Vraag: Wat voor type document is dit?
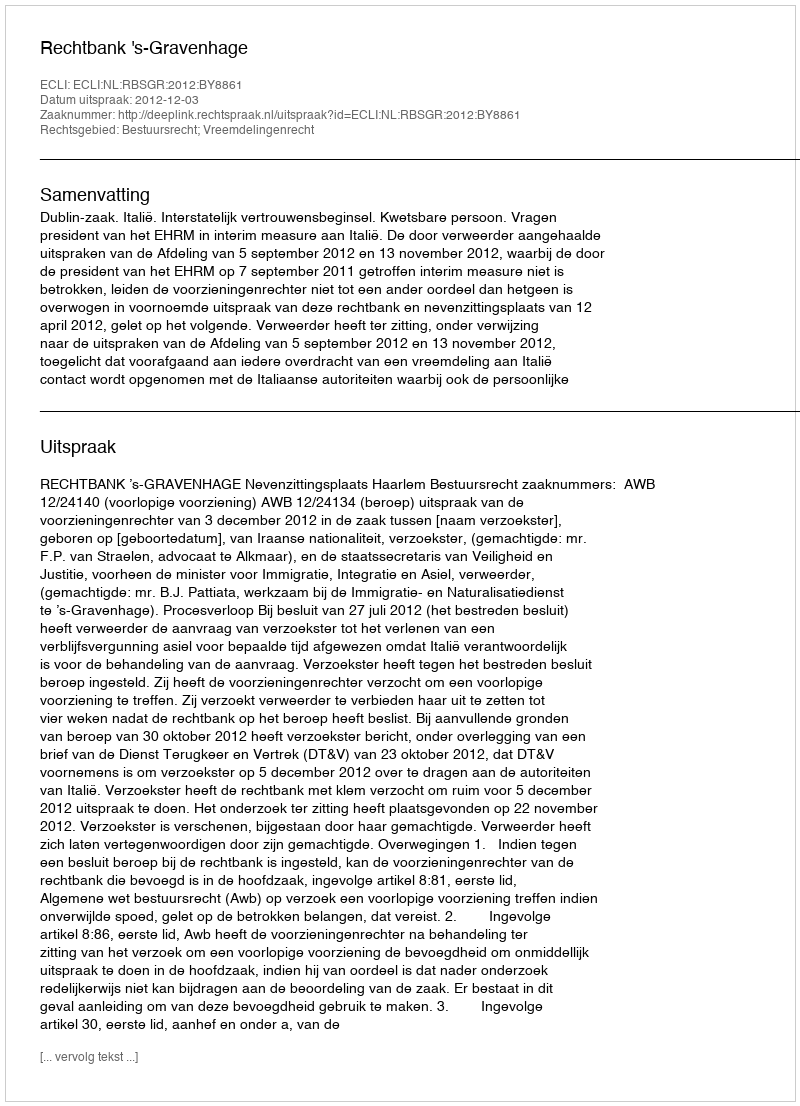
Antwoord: Uitspraak